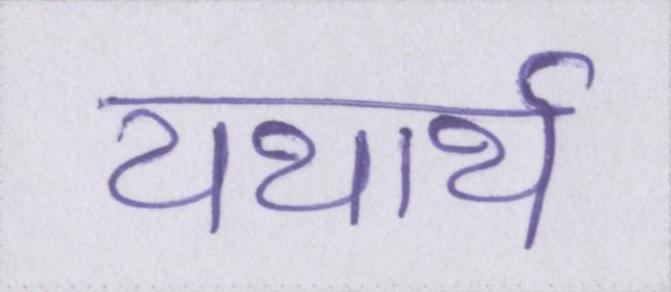
यथार्थ